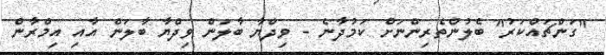
"ގަންޗައްކަރު" ބެލުންތެރިންނަށް ކަމުދާނެ - ވިދްޔާ ބާލަން ވިދްޔާ ބާލަން އާއި އިމްރާން